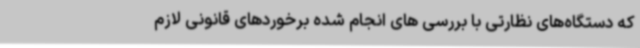
که دستگاه‌های نظارتی با بررسی های انجام شده برخوردهای قانونی لازم